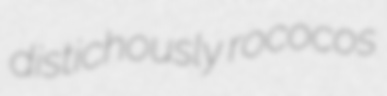
distichously rococos